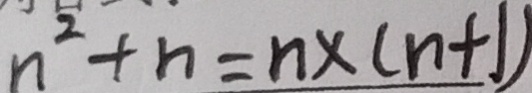
n ^ { 2 } + n = n \times ( n + 1 )